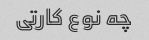
چه نوع کارتی